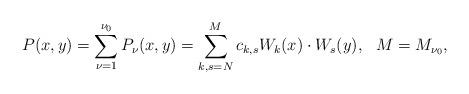
LaTeX: \begin{align*}P(x,y)= \sum_{\nu=1}^{\nu_0}P_\nu(x,y)=\sum_{k,s=N}^Mc_{k,s}W_k(x) \cdot W_s(y),\ \ M=M_{\nu_0},\end{align*}